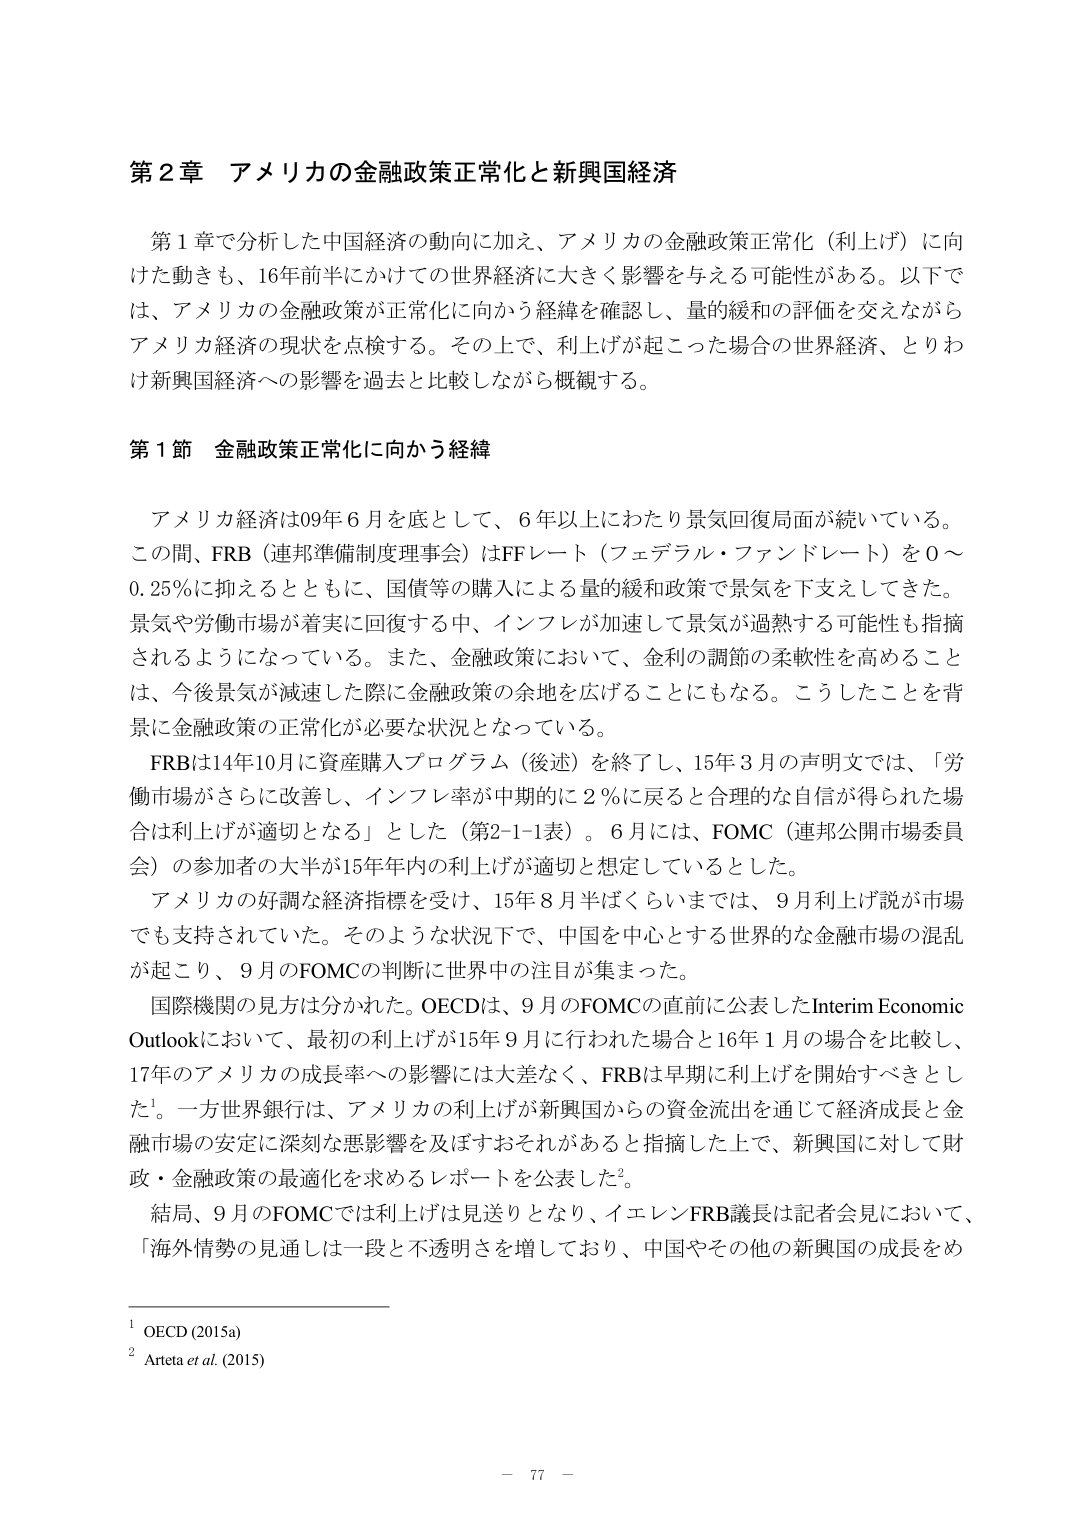
第２章 アメリカの金融政策正常化と新興国経済

第１章で分析した中国経済の動向に加え、アメリカの金融政策正常化（利上げ）に向けた動きも、16年前半にかけての世界経済に大きく影響を与える可能性がある。以下では、アメリカの金融政策が正常化に向かう経緯を確認し、量的緩和の評価を交えながらアメリカ経済の現状を点検する。その上で、利上げが起こった場合の世界経済、とりわけ新興国経済への影響を過去と比較しながら概観する。

第１節 金融政策正常化に向かう経緯

アメリカ経済は09年６月を底として、６年以上にわたり景気回復局面が続いている。この間、FRB（連邦準備制度理事会）はFFレート（フェデラル・ファンドレート）を0～0.25％に抑えるとともに、国債等の購入による量的緩和政策で景気を下支えしてきた。景気や労働市場が着実に回復する中、インフレが加速して景気が過熱する可能性も指摘されるようになっている。また、金融政策において、金利の調節の柔軟性を高めることは、今後景気が減速した際に金融政策の余地を広げることにもなる。こうしたことを背景に金融政策の正常化が必要な状況となっている。

FRBは14年10月に資産購入プログラム（後述）を終了し、15年３月の声明文では、「労働市場がさらに改善し、インフレ率が中期的に２％に戻ると合理的な自信が得られた場合は利上げが適切となる」とした（第2-1-1表）。６月には、FOMC（連邦公開市場委員会）の参加者の大半が15年年内の利上げが適切と想定しているとした。

アメリカの好調な経済指標を受け、15年８月半ばくらいまでは、９月利上げ説が市場でも支持されていた。そのような状況下で、中国を中心とする世界的な金融市場の混乱が起こり、９月のFOMCの判断に世界中の注目が集まった。

国際機関の見方は分かれた。OECDは、９月のFOMCの直前に公表したInterim Economic Outlookにおいて、最初の利上げが15年９月に行われた場合と16年１月の場合を比較し、17年のアメリカの成長率への影響には大差なく、FRBは早期に利上げを開始すべきとした¹。一方世界銀行は、アメリカの利上げが新興国からの資金流出を通じて経済成長と金融市場の安定に深刻な悪影響を及ぼすおそれがあると指摘した上で、新興国に対して財政・金融政策の最適化を求めるレポートを公表した²。

結局、９月のFOMCでは利上げは見送りとなり、イエレンFRB議長は記者会見において、「海外情勢の見通しは一段と不透明さを増しており、中国やその他の新興国の成長をめ

¹ OECD (2015a)
² Arteta et al. (2015)

－ 77 －